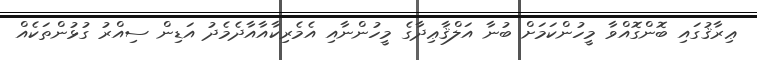
ޢިރާޤުގައި ބޮންގޮއްވާ މީހުންކަމަށް ބުނާ އަލްޤާޢިދާގެ މީހުންނާއި އެމެރިކާއާއާދެމެދު އަޑިން ސިއްރު ގުޅުންތަކެއް